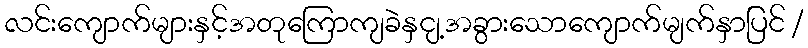
လင်းကျောက်များနှင့်အတုကြောကျခဲနှငျ့အခွားသောကျောက်မျက်နှာပြင် /